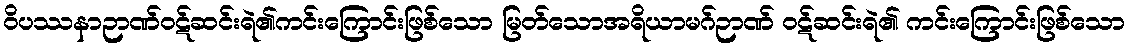
ဝိပဿနာဉာဏ်ဝဋ်ဆင်းရဲ၏ကင်းကြောင်းဖြစ်သော မြတ်သောအရိယာမဂ်ဉာဏ် ဝဋ်ဆင်းရဲ၏ ကင်းကြောင်းဖြစ်သော